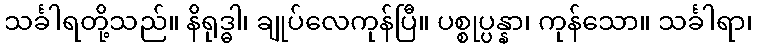
သင်္ခါရတို့သည်။ နိရုဒ္ဓါ၊ ချုပ်လေကုန်ပြီ။ ပစ္စုပ္ပန္နာ၊ ကုန်သော။ သင်္ခါရာ၊